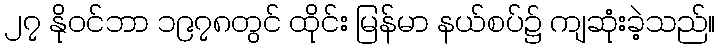
၂၇ နိုဝင်ဘာ ၁၉၇၈တွင် ထိုင်း မြန်မာ နယ်စပ်၌ ကျဆုံးခဲ့သည်။